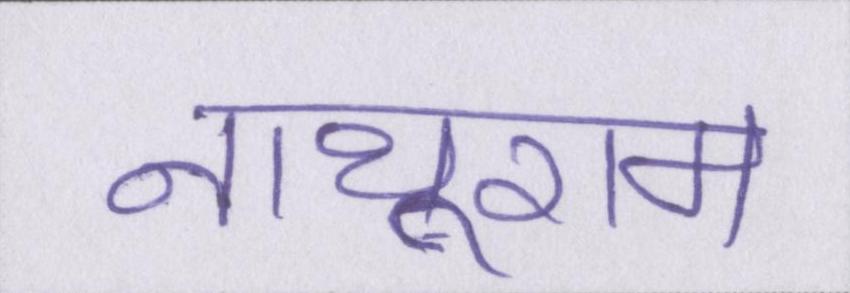
नाथूराम